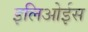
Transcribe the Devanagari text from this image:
इलिओईस